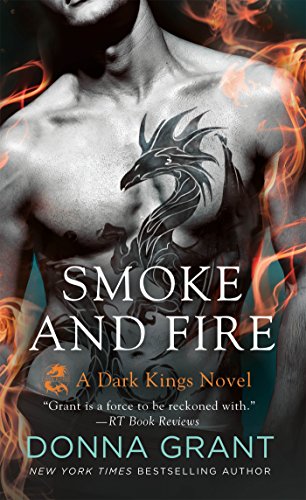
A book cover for Smoke and Fire (Dark Kings); Donna Grant; Romance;